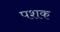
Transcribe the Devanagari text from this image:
पशक